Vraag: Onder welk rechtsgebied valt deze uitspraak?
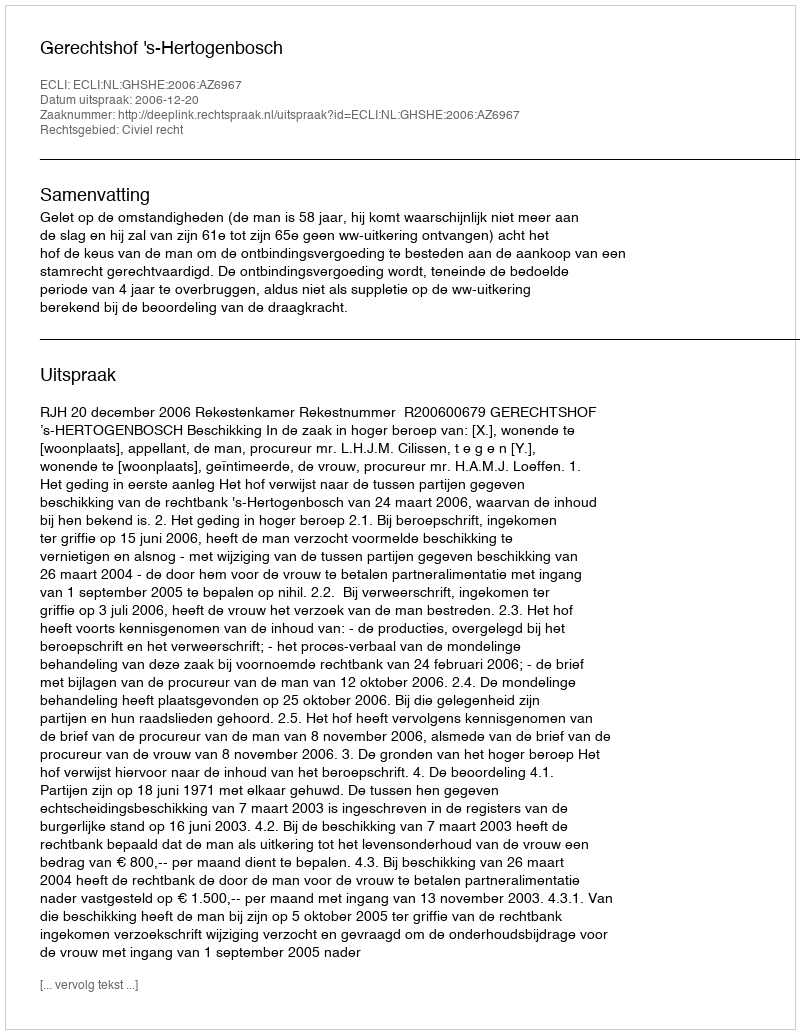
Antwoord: Civiel recht